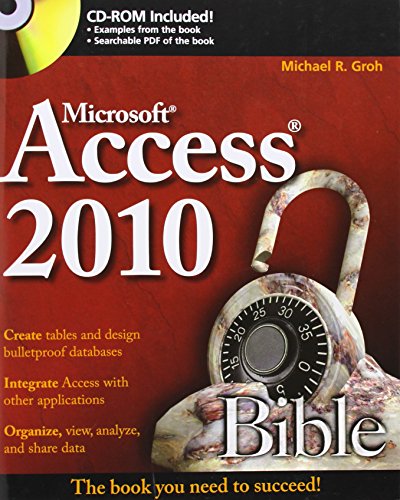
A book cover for Access 2010 Bible; Michael R. Groh; Computers & Technology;